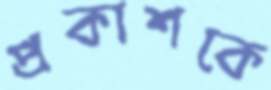
প্রকাশকে